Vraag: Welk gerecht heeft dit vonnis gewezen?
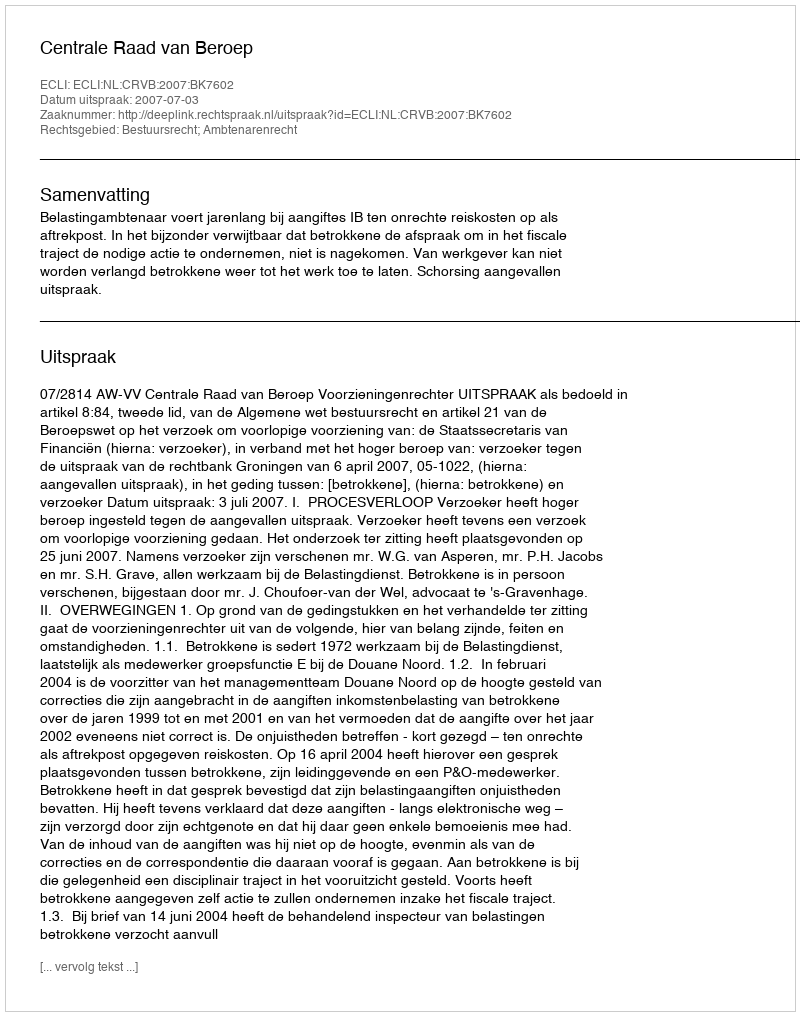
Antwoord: Centrale Raad van Beroep